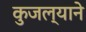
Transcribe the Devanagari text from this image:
कुजल्याने